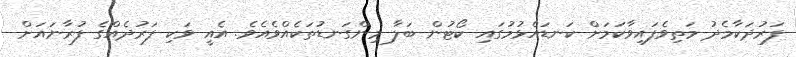
ފަރުދަކާމެދު މަތިވެފައިވާކަމަށް ކަނޑައެޅުމުގައި ކޯޓުން ބަލާ މިންގަނޑުތަކެއްވެއެވެ. އެއީ ވަކި ފަރުދެއްގެ ފުރާނައަށް